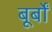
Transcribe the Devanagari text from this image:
बूर्बों